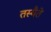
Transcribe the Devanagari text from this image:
तस्यैते